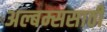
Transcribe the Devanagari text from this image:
अल्बम्ससाठी